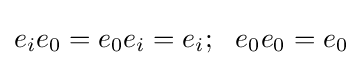
e_{i}e_{0}=e_{0}e_{i}=e_{i};\,\,\,\,e_{0}e_{0}=e_{0}